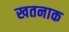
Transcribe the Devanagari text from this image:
खतनाक